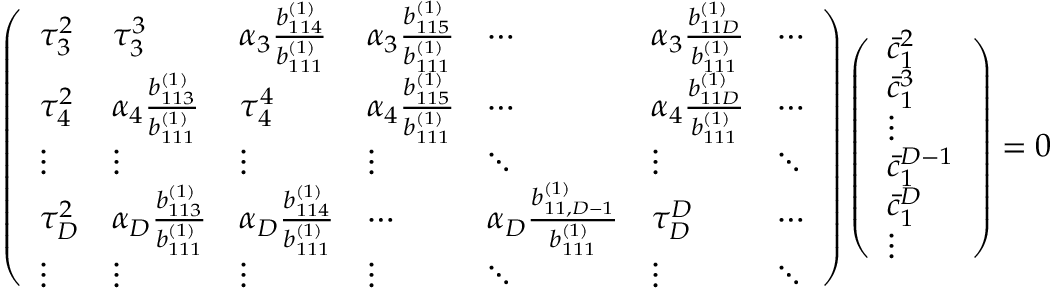
\left( \begin{array} { l l l l l l l } { \tau _ { 3 } ^ { 2 } } & { \tau _ { 3 } ^ { 3 } } & { \alpha _ { 3 } \frac { b _ { 1 1 4 } ^ { ( 1 ) } } { b _ { 1 1 1 } ^ { ( 1 ) } } } & { \alpha _ { 3 } \frac { b _ { 1 1 5 } ^ { ( 1 ) } } { b _ { 1 1 1 } ^ { ( 1 ) } } } & { \cdots } & { \alpha _ { 3 } \frac { b _ { 1 1 D } ^ { ( 1 ) } } { b _ { 1 1 1 } ^ { ( 1 ) } } } & { \cdots } \\ { \tau _ { 4 } ^ { 2 } } & { \alpha _ { 4 } \frac { b _ { 1 1 3 } ^ { ( 1 ) } } { b _ { 1 1 1 } ^ { ( 1 ) } } } & { \tau _ { 4 } ^ { 4 } } & { \alpha _ { 4 } \frac { b _ { 1 1 5 } ^ { ( 1 ) } } { b _ { 1 1 1 } ^ { ( 1 ) } } } & { \cdots } & { \alpha _ { 4 } \frac { b _ { 1 1 D } ^ { ( 1 ) } } { b _ { 1 1 1 } ^ { ( 1 ) } } } & { \cdots } \\ { \vdots } & { \vdots } & { \vdots } & { \vdots } & { \ddots } & { \vdots } & { \ddots } \\ { \tau _ { D } ^ { 2 } } & { \alpha _ { D } \frac { b _ { 1 1 3 } ^ { ( 1 ) } } { b _ { 1 1 1 } ^ { ( 1 ) } } } & { \alpha _ { D } \frac { b _ { 1 1 4 } ^ { ( 1 ) } } { b _ { 1 1 1 } ^ { ( 1 ) } } } & { \cdots } & { \alpha _ { D } \frac { b _ { 1 1 , D - 1 } ^ { ( 1 ) } } { b _ { 1 1 1 } ^ { ( 1 ) } } } & { \tau _ { D } ^ { D } } & { \cdots } \\ { \vdots } & { \vdots } & { \vdots } & { \vdots } & { \ddots } & { \vdots } & { \ddots } \end{array} \right) \left( \begin{array} { l } { \bar { c } _ { 1 } ^ { 2 } } \\ { \bar { c } _ { 1 } ^ { 3 } } \\ { \vdots } \\ { \bar { c } _ { 1 } ^ { D - 1 } } \\ { \bar { c } _ { 1 } ^ { D } } \\ { \vdots } \end{array} \right) = \boldsymbol { 0 }